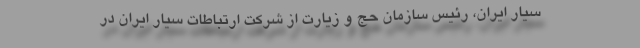
سیار ایران، رئیس سازمان حج و زیارت از شرکت ارتباطات سیار ایران در